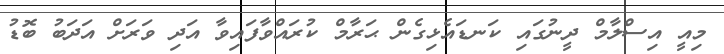
މިއީ އިސްލާމް ދީނުގައި ކަނޑައެޅިގެން ޙަރާމް ކުރައްވާފައިވާ އަދި ވަރަށް އަދަބު ބޮޑު